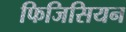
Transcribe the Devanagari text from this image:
फिजिसियन